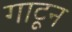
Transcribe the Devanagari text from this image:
गाटून